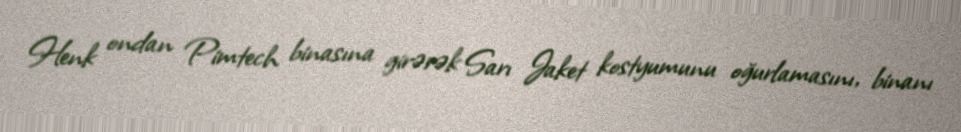
Henk ondan Pimtech binasına girərək Sarı Jaket kostyumunu oğurlamasını, binanı